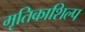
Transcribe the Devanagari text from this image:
मृतिकाशिल्प